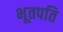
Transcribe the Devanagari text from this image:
भूतपति